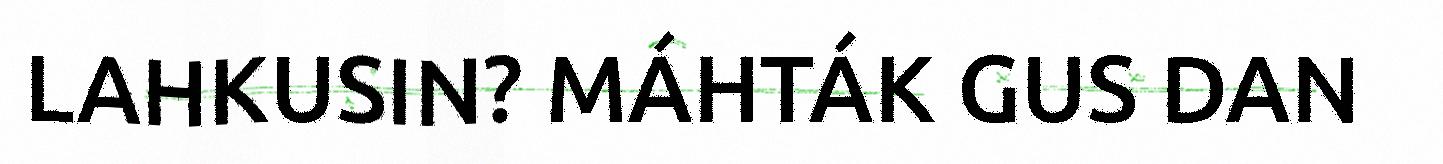
LAHKUSIN? MÁHTÁK GUS DAN